Trukikaitis_Postimees, lk 91
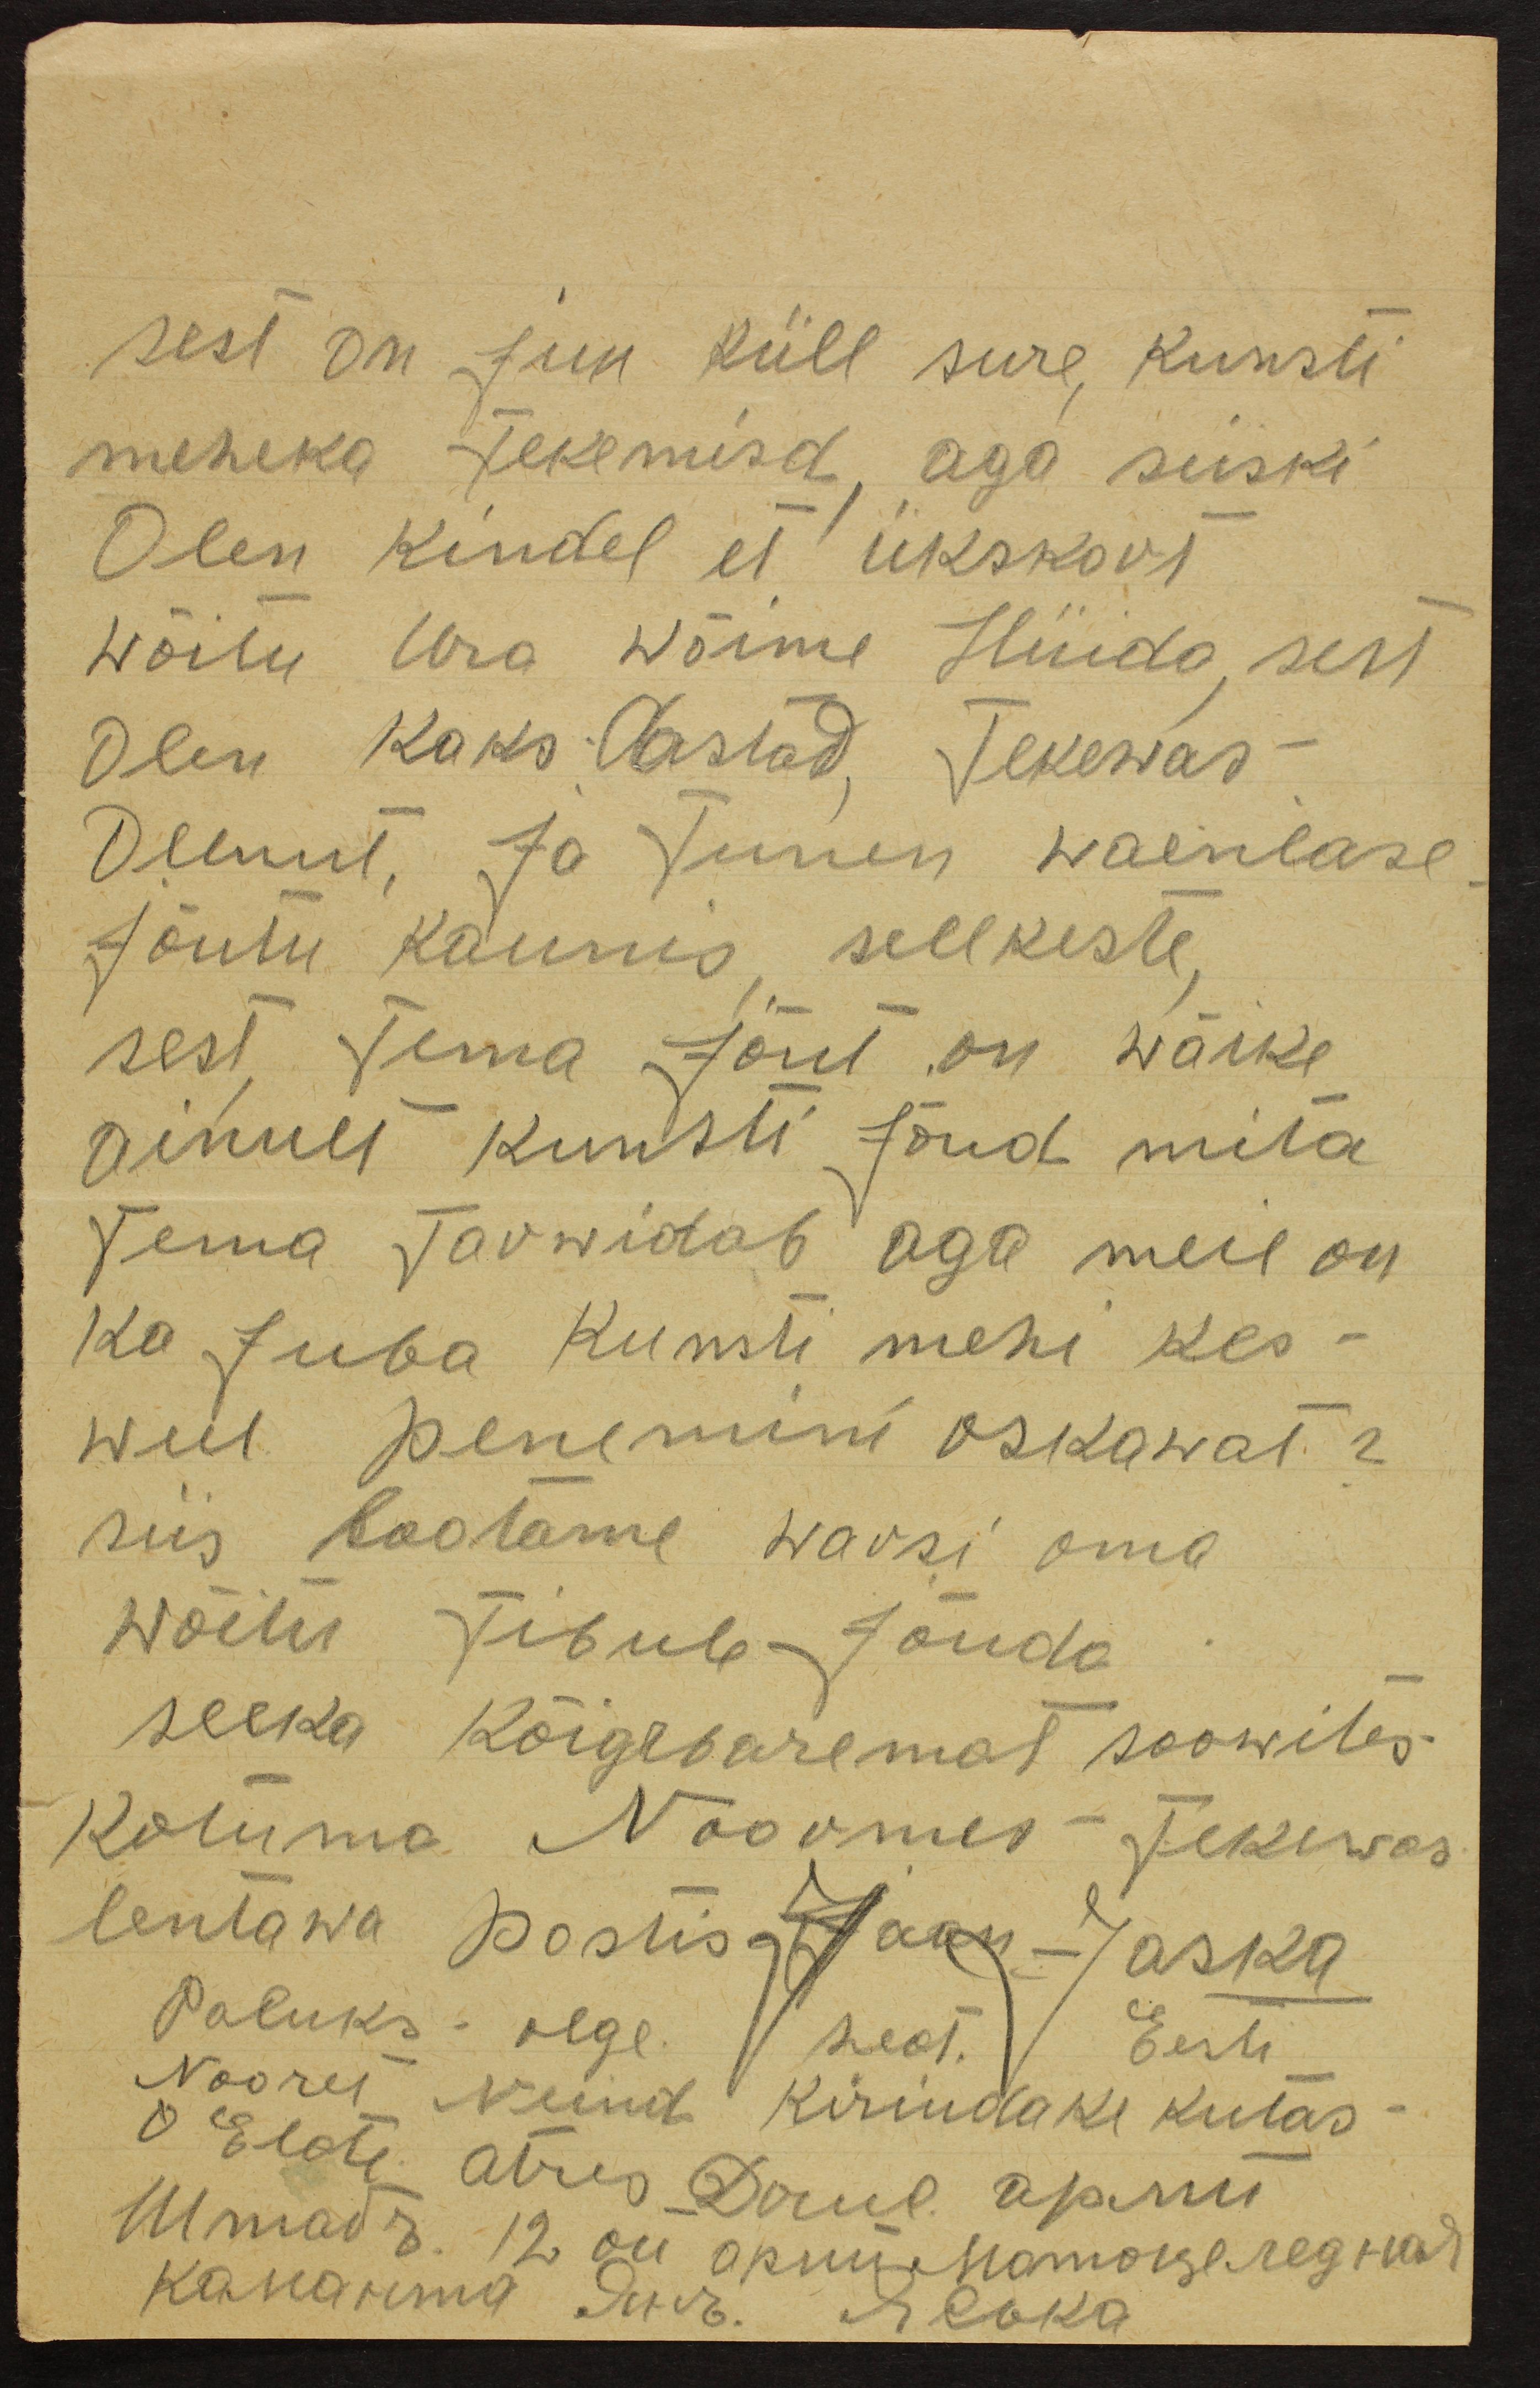
sest on siin küll sure kunsti
meheka tekemisd, aga siiski
Olen kindel et ükskort
wõitu ura wõime Hüida, sest
Olen Kaks aastad Tekewas
Ollnut, Ja Tunen waenlase
Jõutu kaunis sellkeste,
sest Tema Jõut on wäike
ainult kunsti Jõut wäike
Tema Tarwidab aga meil on,
ka Juba kunsti mehi kes-
weel penemini oskawat?
siis lootame warsi oma
wõitu Jibub Jõuda
seeka kõigebaremat soowites
Kotuma Noormes Tekewas
lentawa postis Jaan - Jaska
Paluks olge heat Eesti
Noorel Neiud kiriudake kutas
Elate atres